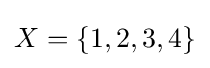
X=\{1,2,3,4\}